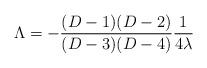
LaTeX: \begin{align*} \Lambda=- {{(D-1)(D-2)}\over{(D-3)(D-4)}}{1\over 4\lambda}\end{align*}